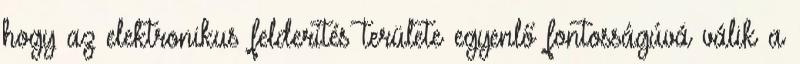
hogy az elektronikus felderítés területe egyenlő fontosságúvá válik a